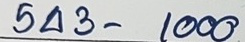
543 - 1000